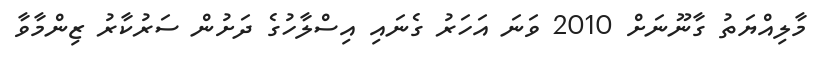
މާލިއްޔަތު ގާނޫނަށް 2010 ވަނަ އަހަރު ގެނައި އިސްލާހުގެ ދަށުން ސަރުކާރު ޒިންމާވާ